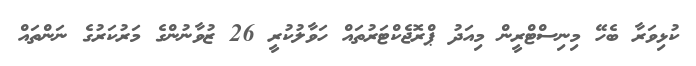
ކުޅިވަރާ ބެހޭ މިނިސްޓްރީން މިއަދު ޕްރޮޖެކްޓަރުތައް ހަވާލުކުރީ 26 ޒުވާނުންގެ މަރުކަރުގެ ނަންތައް